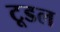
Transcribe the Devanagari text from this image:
टूडल